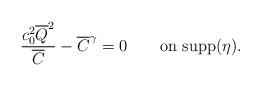
LaTeX: \begin{align*} \frac{c_0^2 \overline{Q}^2}{\overline{C}}-\overline{C}^\gamma = 0\qquad\mbox{on supp}(\eta).\end{align*}